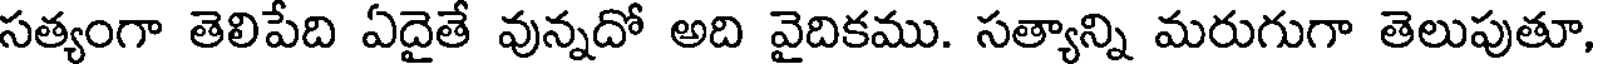
సత్యంగా తెలిపేది ఏదైతే వున్నదో అది వైదికము. సత్యాన్ని మరుగుగా తెలుపుతూ